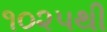
૧૦૨૫થી